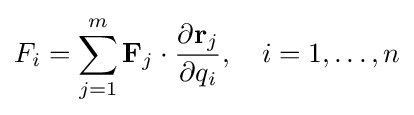
F_{i}=\sum _{j=1}^{m}\mathbf {F} _{j}\cdot {\frac {\partial \mathbf {r} _{j}}{\partial q_{i}}},\quad i=1,\ldots ,n